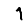
Digit: 1